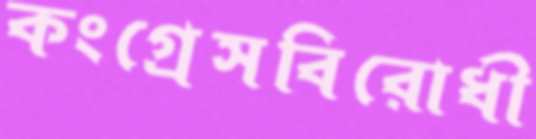
কংগ্রেসবিরোধী